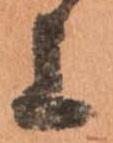
上